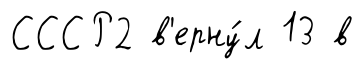
СССР2 в'ерну́л 13 в